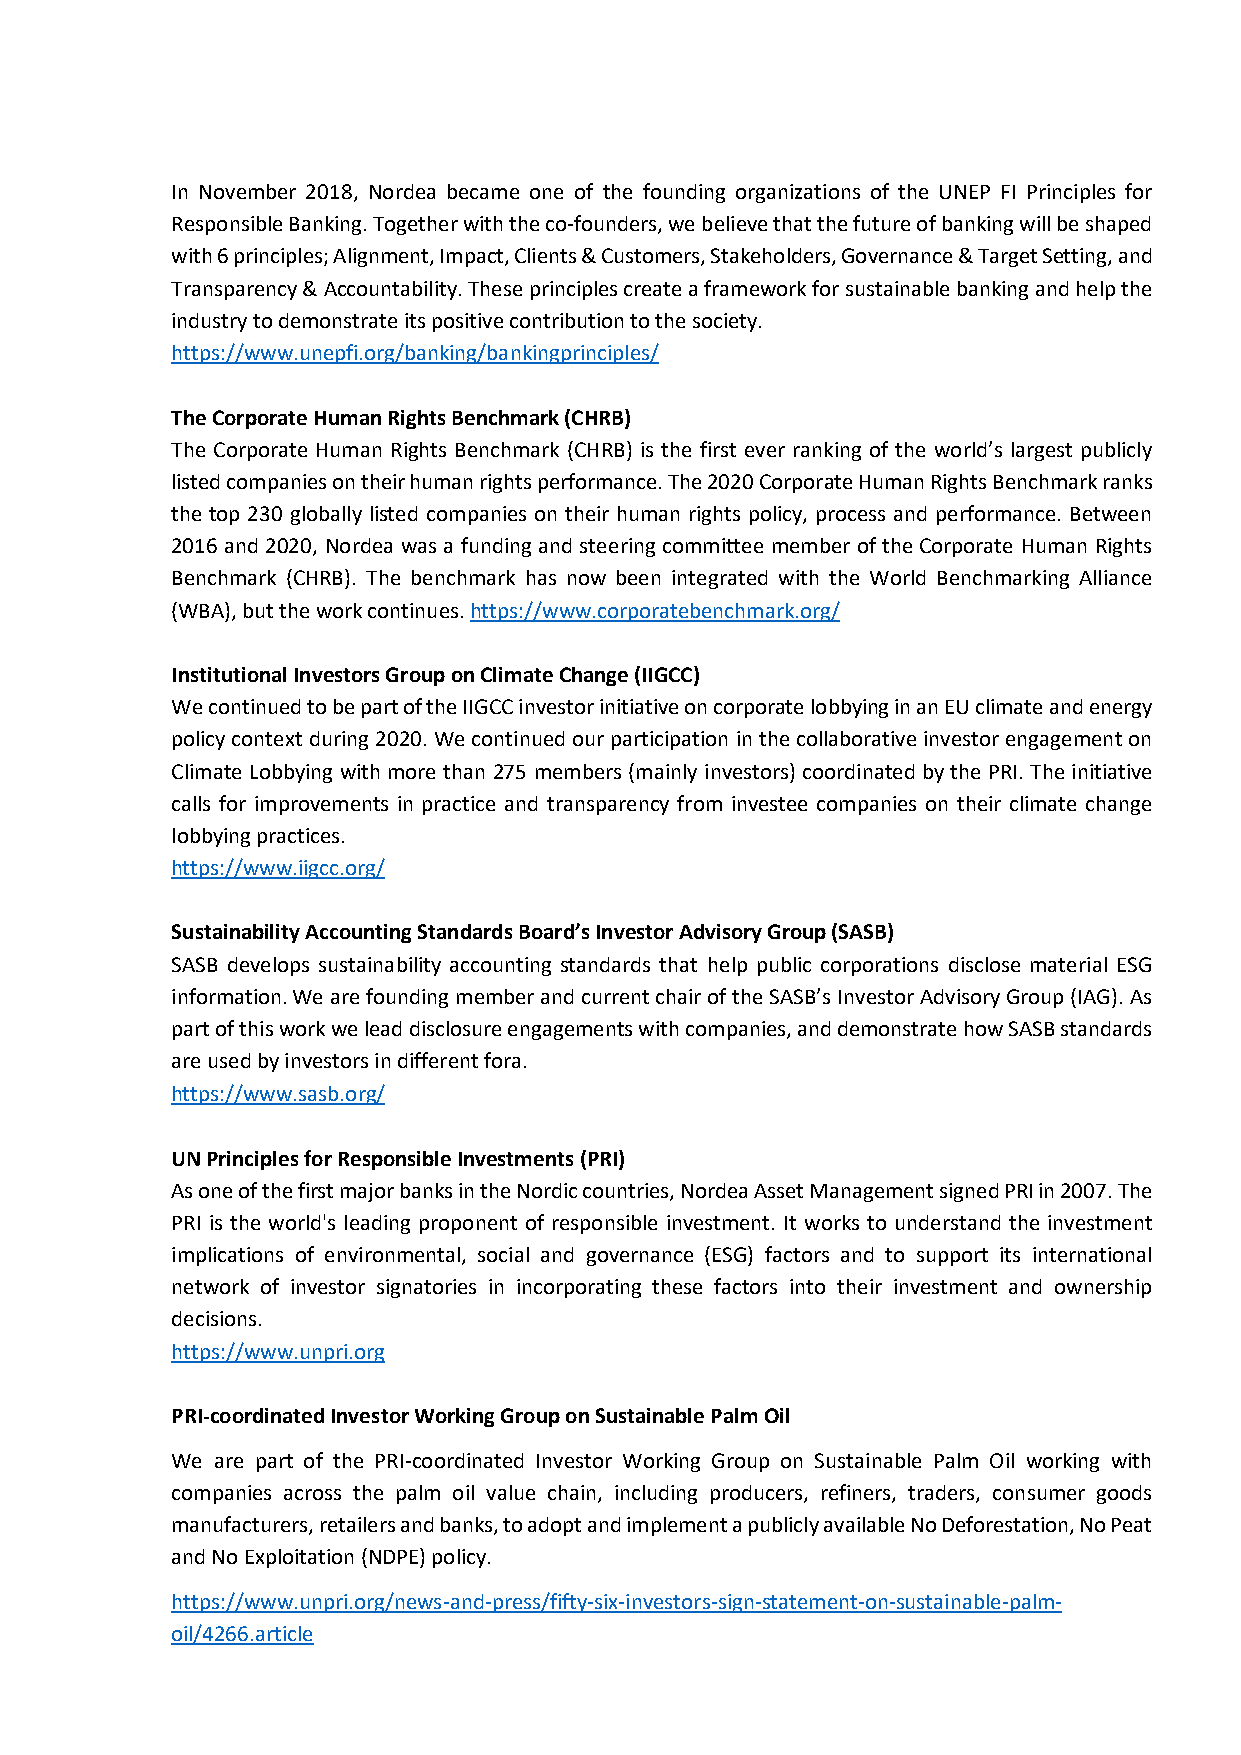
In November 2018, Nordea became one of the founding organizations of the UNEP FI Principles for
 Responsible Banking. Together with the co-founders, we believe that the future of banking will be shaped
 with 6 principles; Alignment, Impact, Clients & Customers, Stakeholders, Governance & Target Setting, and
 Transparency & Accountability. These principles create a framework for sustainable banking and help the
 industry to demonstrate its positive contribution to the society.
 https://www.unepfi.org/banking/bankingprinciples/
 The Corporate Human Rights Benchmark (CHRB)
 The Corporate Human Rights Benchmark (CHRB) is the first ever ranking of the world’s largest publicly
 listed companies on their human rights performance. The 2020 Corporate Human Rights Benchmark ranks
 the top 230 globally listed companies on their human rights policy, process and performance. Between
 2016 and 2020, Nordea was a funding and steering committee member of the Corporate Human Rights
 Benchmark (CHRB). The benchmark has now been integrated with the World Benchmarking Alliance
 (WBA), but the work continues. https://www.corporatebenchmark.org/
 Institutional Investors Group on Climate Change (IIGCC)
 We continued to be part of the IIGCC investor initiative on corporate lobbying in an EU climate and energy
 policy context during 2020. We continued our participation in the collaborative investor engagement on
 Climate Lobbying with more than 275 members (mainly investors) coordinated by the PRI. The initiative
 calls for improvements in practice and transparency from investee companies on their climate change
 lobbying practices.
 https://www.iigcc.org/
 Sustainability Accounting Standards Board’s Investor Advisory Group (SASB)
 SASB develops sustainability accounting standards that help public corporations disclose material ESG
 information.We are founding member and current chair of the SASB’s Investor Advisory Group (IAG). As
 part of this work we lead disclosure engagements with companies, and demonstrate how SASB standards
 are used by investors in different fora.
 https://www.sasb.org/
 UN Principles for Responsible Investments (PRI)
 As one of the first major banks in the Nordic countries, Nordea Asset Management signed PRI in 2007. The
 PRI is the world's leading proponent of responsible investment. It works to understand the investment
 implications of environmental, social and governance (ESG) factors and to support its international
 network of investor signatories in incorporating these factors into their investment and ownership
 decisions.
 https://www.unpri.org
 PRI-coordinated Investor Working Group on Sustainable Palm Oil
 We are part of the PRI-coordinated Investor Working Group on Sustainable Palm Oil working with
 companies across the palm oil value chain, including producers, refiners, traders, consumer goods
 manufacturers, retailers and banks, to adopt and implement a publicly available No Deforestation, No Peat
 and No Exploitation (NDPE) policy.
 https://www.unpri.org/news-and-press/fifty-six-investors-sign-statement-on-sustainable-palm-
 oil/4266.article